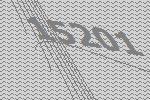
15201